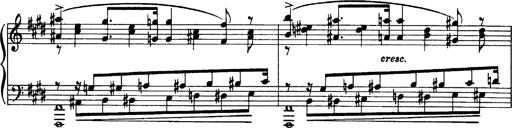
Title: OuvertÃ¼re zu TannhÃ¤user
Composer: Franz Liszt